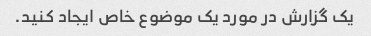
یک گزارش در مورد یک موضوع خاص ایجاد کنید.